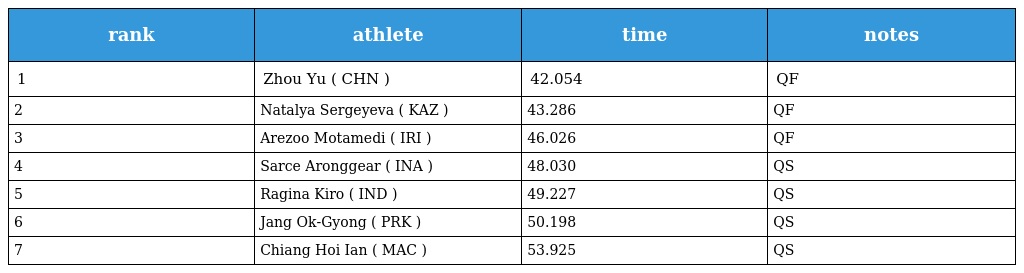
| rank | athlete | time | notes |
 | --- | --- | --- | --- |
 | 1 | Zhou Yu ( CHN ) | 42.054 | QF |
 | 2 | Natalya Sergeyeva ( KAZ ) | 43.286 | QF |
 | 3 | Arezoo Motamedi ( IRI ) | 46.026 | QF |
 | 4 | Sarce Aronggear ( INA ) | 48.030 | QS |
 | 5 | Ragina Kiro ( IND ) | 49.227 | QS |
 | 6 | Jang Ok-Gyong ( PRK ) | 50.198 | QS |
 | 7 | Chiang Hoi Ian ( MAC ) | 53.925 | QS |